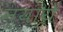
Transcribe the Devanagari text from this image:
न्यायें